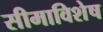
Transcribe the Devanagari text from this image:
सीमाविशेष